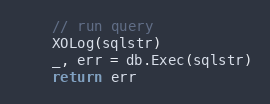
Language: Go
	// run query
	XOLog(sqlstr)
	_, err = db.Exec(sqlstr)
	return err